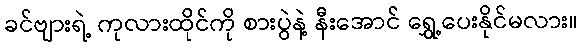
ခင်ဗျားရဲ့ ကုလားထိုင်ကို စားပွဲနဲ့ နီးအောင် ရွှေ့ပေးနိုင်မလား။